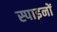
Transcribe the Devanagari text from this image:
स्पाइनों